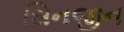
સિનજીન